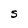
Character: S